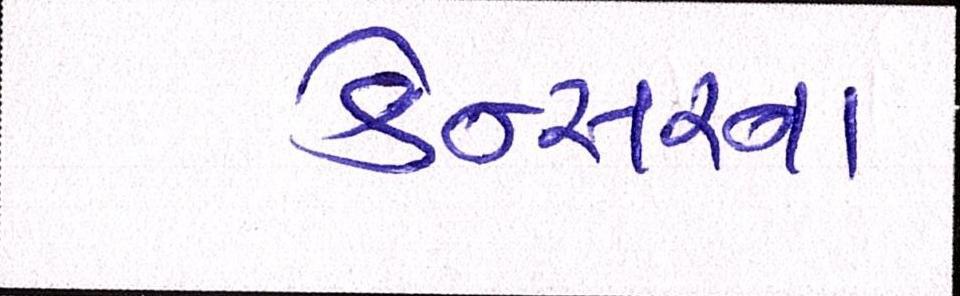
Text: કેન્સરના